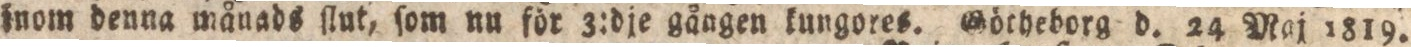
jnom denna månads ſlut, ſom nu för 3:dje gången kungores. Götheborg d. 24 Maj 1819.